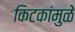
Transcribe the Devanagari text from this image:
किटकांमुळे